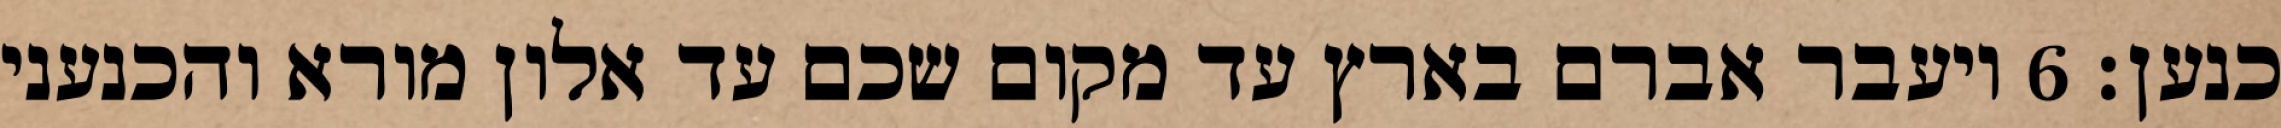
כנען׃ ‎6‏ ויעבר אברם בארץ עד מקום שכם עד אלון מורא והכנעני